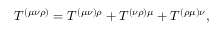
T ^ { ( \mu \nu \rho ) } = T ^ { ( \mu \nu ) \rho } + T ^ { ( \nu \rho ) \mu } + T ^ { ( \rho \mu ) \nu } ,